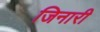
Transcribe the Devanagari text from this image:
जिनारी